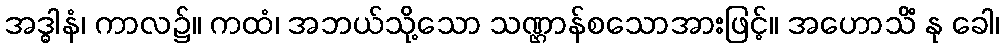
အဒ္ဓါနံ၊ ကာလ၌။ ကထံ၊ အဘယ်သို့သော သဏ္ဌာန်စသောအားဖြင့်။ အဟောသိံ နု ခေါ၊